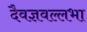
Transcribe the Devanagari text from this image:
दैवज्ञवल्लभा